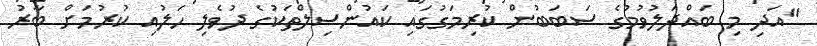
"އަދި މި ބައްދަލުވުމުގެ ސަބަބުން ކުރިމަގުގައި ކައުންސިލްތަކުގެ ދުވެލި ހަލުއި ކުރުމަށް ބާރު